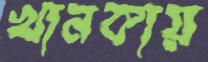
খানকায়